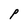
Character: P